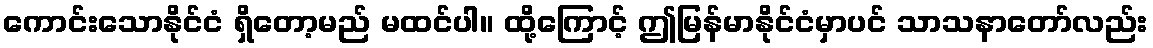
ကောင်းသောနိုင်ငံ ရှိတော့မည် မထင်ပါ။ ထို့ကြောင့် ဤမြန်မာနိုင်ငံမှာပင် သာသနာတော်လည်း